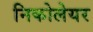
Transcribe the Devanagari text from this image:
निकोलेयर